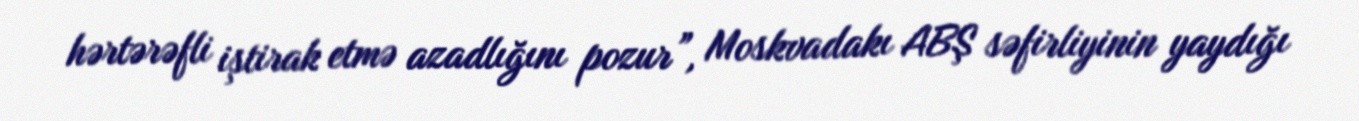
hərtərəfli iştirak etmə azadlığını pozur”, Moskvadakı ABŞ səfirliyinin yaydığı